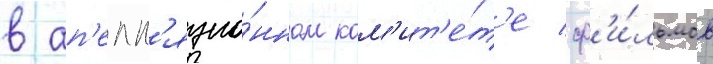
в ап'елл'яцио́нном ком'ит'е́т'е ф'и́льмов